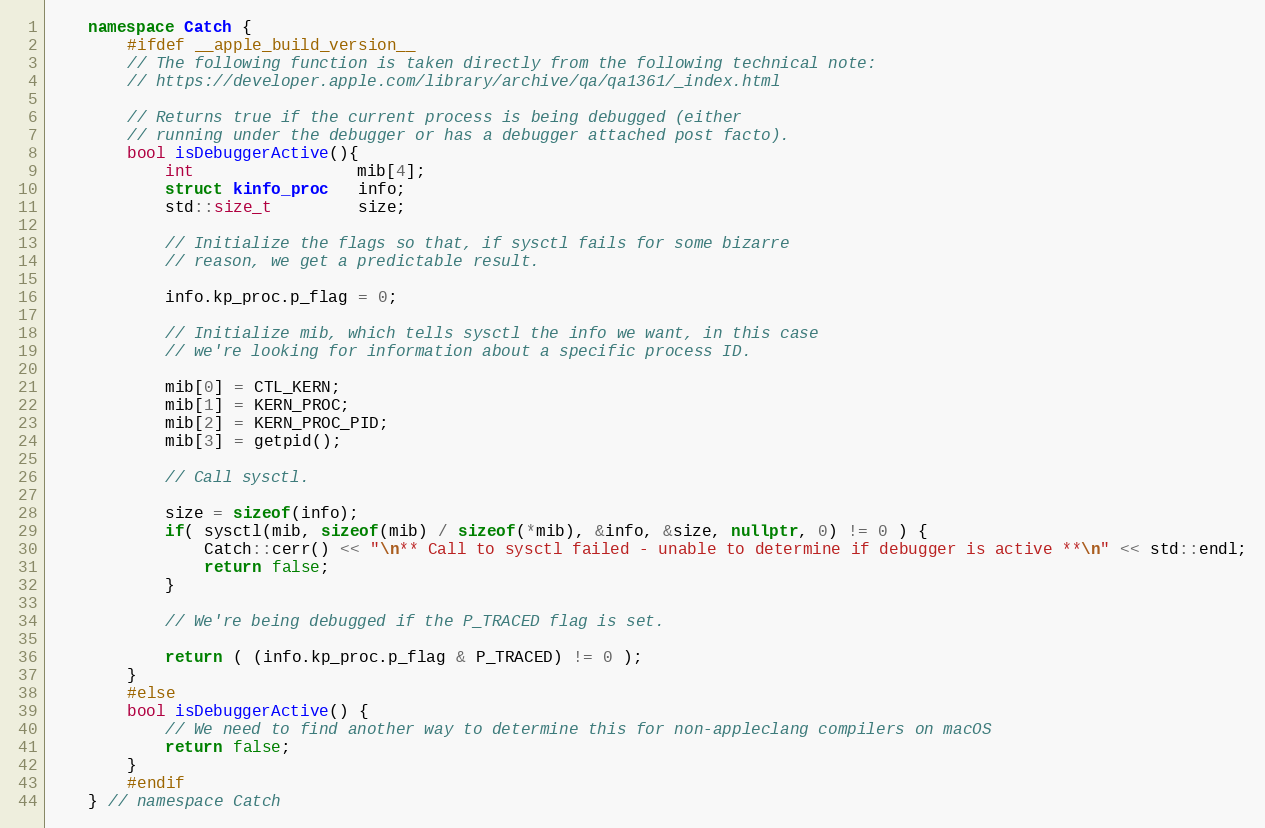
Language: C++
    namespace Catch {
        #ifdef __apple_build_version__
        // The following function is taken directly from the following technical note:
        // https://developer.apple.com/library/archive/qa/qa1361/_index.html

        // Returns true if the current process is being debugged (either
        // running under the debugger or has a debugger attached post facto).
        bool isDebuggerActive(){
            int                 mib[4];
            struct kinfo_proc   info;
            std::size_t         size;

            // Initialize the flags so that, if sysctl fails for some bizarre
            // reason, we get a predictable result.

            info.kp_proc.p_flag = 0;

            // Initialize mib, which tells sysctl the info we want, in this case
            // we're looking for information about a specific process ID.

            mib[0] = CTL_KERN;
            mib[1] = KERN_PROC;
            mib[2] = KERN_PROC_PID;
            mib[3] = getpid();

            // Call sysctl.

            size = sizeof(info);
            if( sysctl(mib, sizeof(mib) / sizeof(*mib), &info, &size, nullptr, 0) != 0 ) {
                Catch::cerr() << "\n** Call to sysctl failed - unable to determine if debugger is active **\n" << std::endl;
                return false;
            }

            // We're being debugged if the P_TRACED flag is set.

            return ( (info.kp_proc.p_flag & P_TRACED) != 0 );
        }
        #else
        bool isDebuggerActive() {
            // We need to find another way to determine this for non-appleclang compilers on macOS
            return false;
        }
        #endif
    } // namespace Catch